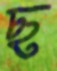
ছ